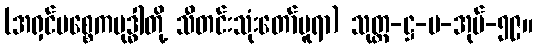
(အရှင်ပစ္စေကဗုဒ္ဓါတို့ သီတင်းသုံးတော်မူရာ) သုတ္တ-ဋ္ဌ-ပ-အုပ်-၅၉။